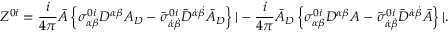
Z ^ { 0 i } = \frac { i } { 4 \pi } { \bar { \cal A } } \left\{ \sigma _ { \alpha \beta } ^ { 0 i } D ^ { \alpha \beta } { \cal A } _ { D } - { \bar { \sigma } } _ { \dot { \alpha } \dot { \beta } } ^ { 0 i } { \bar { D } } ^ { \dot { \alpha } \dot { \beta } } { \bar { \cal A } } _ { D } \right\} | - \frac { i } { 4 \pi } { \bar { \cal A } } _ { D } \left\{ \sigma _ { \alpha \beta } ^ { 0 i } D ^ { \alpha \beta } { \cal A } - { \bar { \sigma } } _ { \dot { \alpha } \dot { \beta } } ^ { 0 i } { \bar { D } } ^ { \dot { \alpha } \dot { \beta } } { \bar { \cal A } } \right\} | .